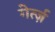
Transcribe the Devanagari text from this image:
गेर्त्ज़